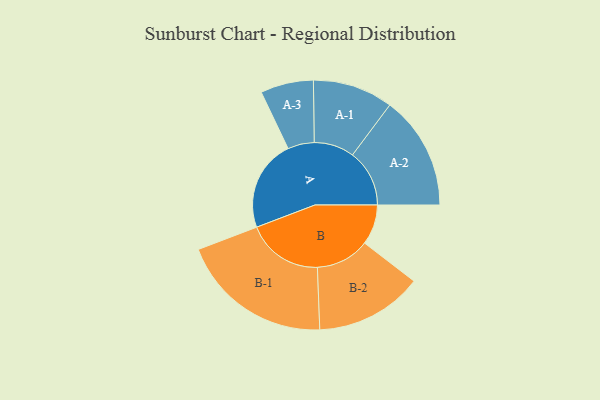
{"axis": {"x": "Segment", "y": "Value"}, "legend": ["", "A", "B"], "data": [{"x": "A", "y": 348, "type": ""}, {"x": "B", "y": 153, "type": ""}, {"x": "A-1", "y": 153, "type": "A"}, {"x": "A-2", "y": 217, "type": "A"}, {"x": "A-3", "y": 101, "type": "A"}, {"x": "B-1", "y": 291, "type": "B"}, {"x": "B-2", "y": 205, "type": "B"}]}